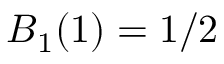
B _ { 1 } ( 1 ) = 1 / 2